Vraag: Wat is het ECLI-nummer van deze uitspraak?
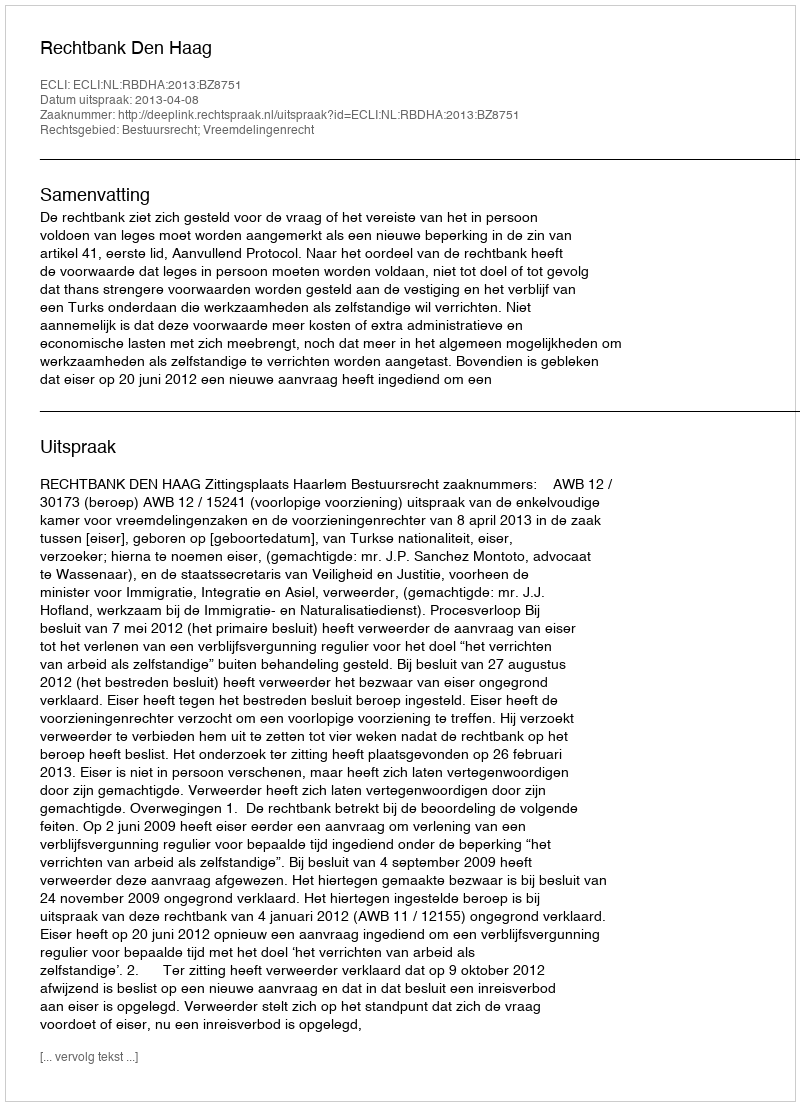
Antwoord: ECLI:NL:RBDHA:2013:BZ8751